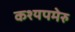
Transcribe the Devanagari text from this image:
कश्यपमेरु